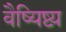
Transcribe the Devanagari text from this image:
वैष्यिष्ट्य